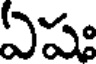
ఏషః